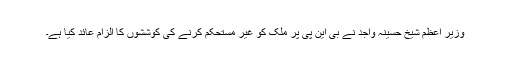
وزیر اعظم شیخ حسینہ واجد نے بی این پی پر ملک کو غیر مستحکم کرنے کی کوششوں کا الزام عائد کیا ہے۔